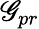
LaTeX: \mathscr{G}_{pr}